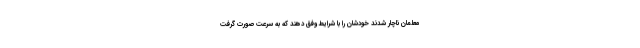
معلمان ناچار شدند خودشان را با شرایط وفق دهند که به سرعت صورت گرفت